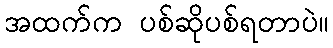
အထက်က ပစ်ဆိုပစ်ရတာပဲ။